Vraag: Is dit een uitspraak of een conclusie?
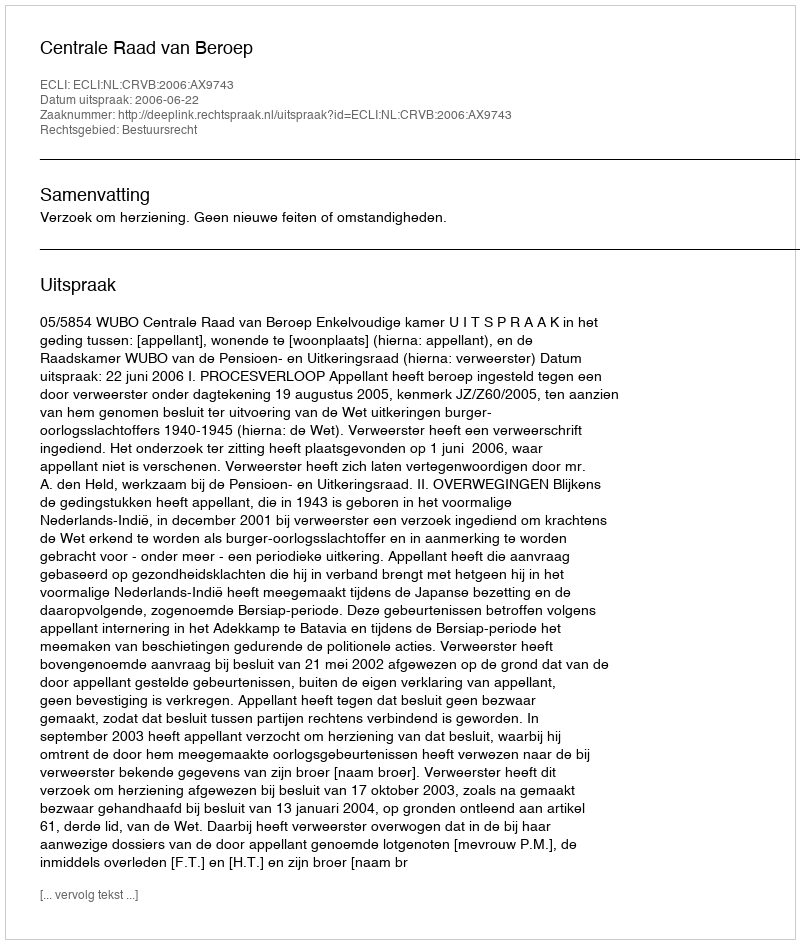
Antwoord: Uitspraak